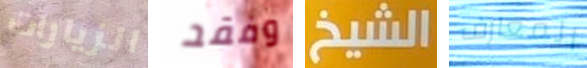
الزيارات وفقد الشيخ المعارف